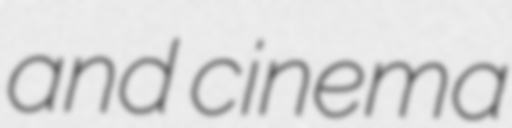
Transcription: and cinema